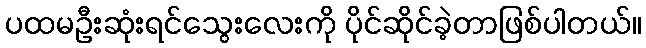
ပထမဦးဆုံးရင်သွေးလေးကို ပိုင်ဆိုင်ခဲ့တာဖြစ်ပါတယ်။